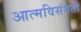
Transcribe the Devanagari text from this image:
आत्मविसंगती